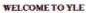
WELCOME TO YLE